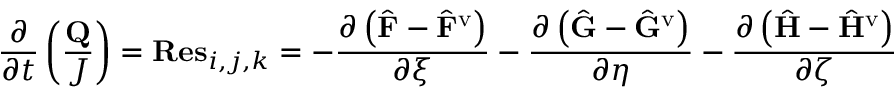
\frac { \partial } { \partial t } \left( \frac { \mathbf { Q } } { J } \right) = \mathbf { R e s } _ { i , j , k } = - \frac { \partial \left( \hat { \mathbf { F } } - \hat { \mathbf { F } } ^ { \mathrm { v } } \right) } { \partial \xi } - \frac { \partial \left( \hat { \mathbf { G } } - \hat { \mathbf { G } } ^ { \mathrm { v } } \right) } { \partial \eta } - \frac { \partial \left( \hat { \mathbf { H } } - \hat { \mathbf { H } } ^ { \mathrm { v } } \right) } { \partial \zeta }